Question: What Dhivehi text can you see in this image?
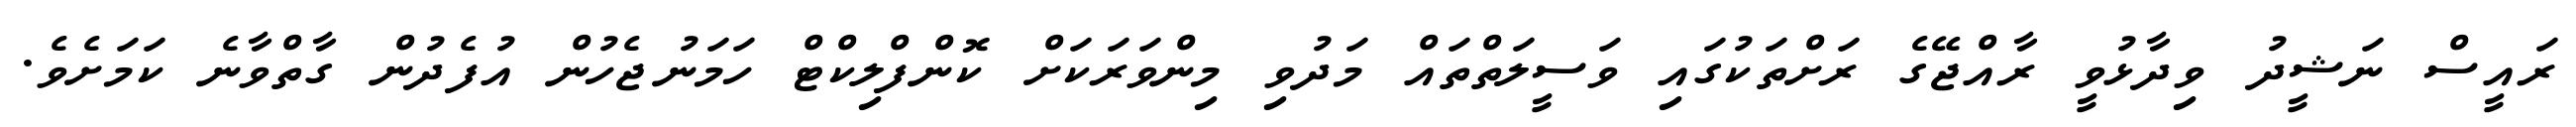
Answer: ރައީސް ނަޝީދު ވިދާޅުވީ ރާއްޖޭގެ ރަށްތަކުގައި ވަސީލަތްތައް މަދުވި މިންވަރަކަށް ކޮންފްލިކްޓް ހަމަނުޖެހުން އުފެދުން ގާތްވާނެ ކަމަށެވެ.